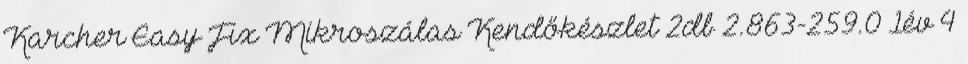
Karcher Easy Fix Mikroszálas Kendőkészlet 2db 2.863-259.0 1év 4